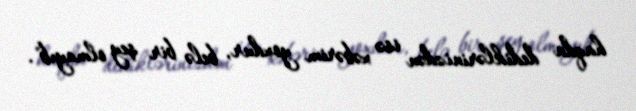
haqda dediklərinizdən isə xəbərim yoxdur, belə bir şey olmayıb".